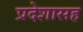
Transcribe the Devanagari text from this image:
प्रदेशासह